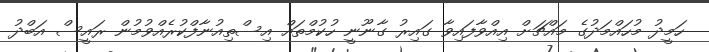
ހަމީދު މުހައްމަދުގެ މައްޗަށް އިއްވާފައިވާ ގައިރު ގާނޫނީ ހުކުމްތައް އިސްތިއުނާފްކުރެއްވުމުން ރައީސް އަބްދު